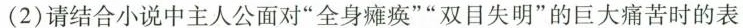
(2)请结合小说中主人公面对”全身瘫痪””双目失明”的巨大痛苦时的表